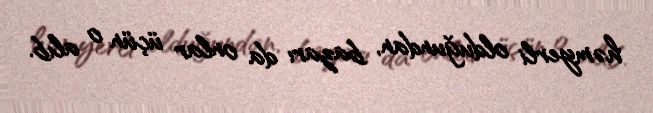
həmyerli olduğundan, bazarı da onlar üçün o alıb.